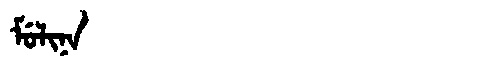
Manchu: ᠮᡠᠯᡳᠨᠠ
Romanization: MULINA